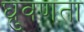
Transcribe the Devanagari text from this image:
घ्रुवणता